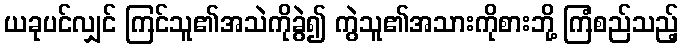
ယခုပင်လျှင် ကြင်သူ၏အသဲကိုခွဲ၍ ကွဲသူ၏အသားကိုစားဘို့ ကြံစည်သည့်